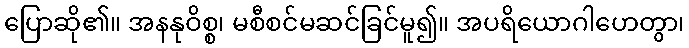
ပြောဆို၏။ အနနုဝိစ္စ၊ မစီစင်မဆင်ခြင်မူ၍။ အပရိယောဂါဟေတွာ၊